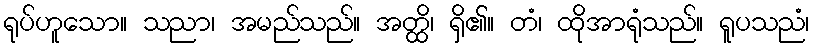
ရုပ်ဟူသော။ သညာ၊ အမည်သည်။ အတ္ထိ၊ ရှိ၏။ တံ၊ ထိုအာရုံသည်။ ရူပသညံ၊